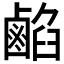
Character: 𪉦